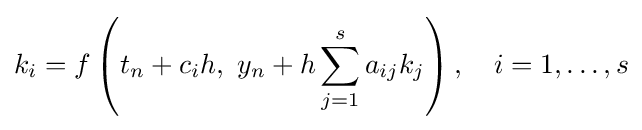
k_{i}=f\left(t_{n}+c_{i}h,\ y_{n}+h\sum _{j=1}^{s}a_{ij}k_{j}\right),\quad i=1,\ldots ,s